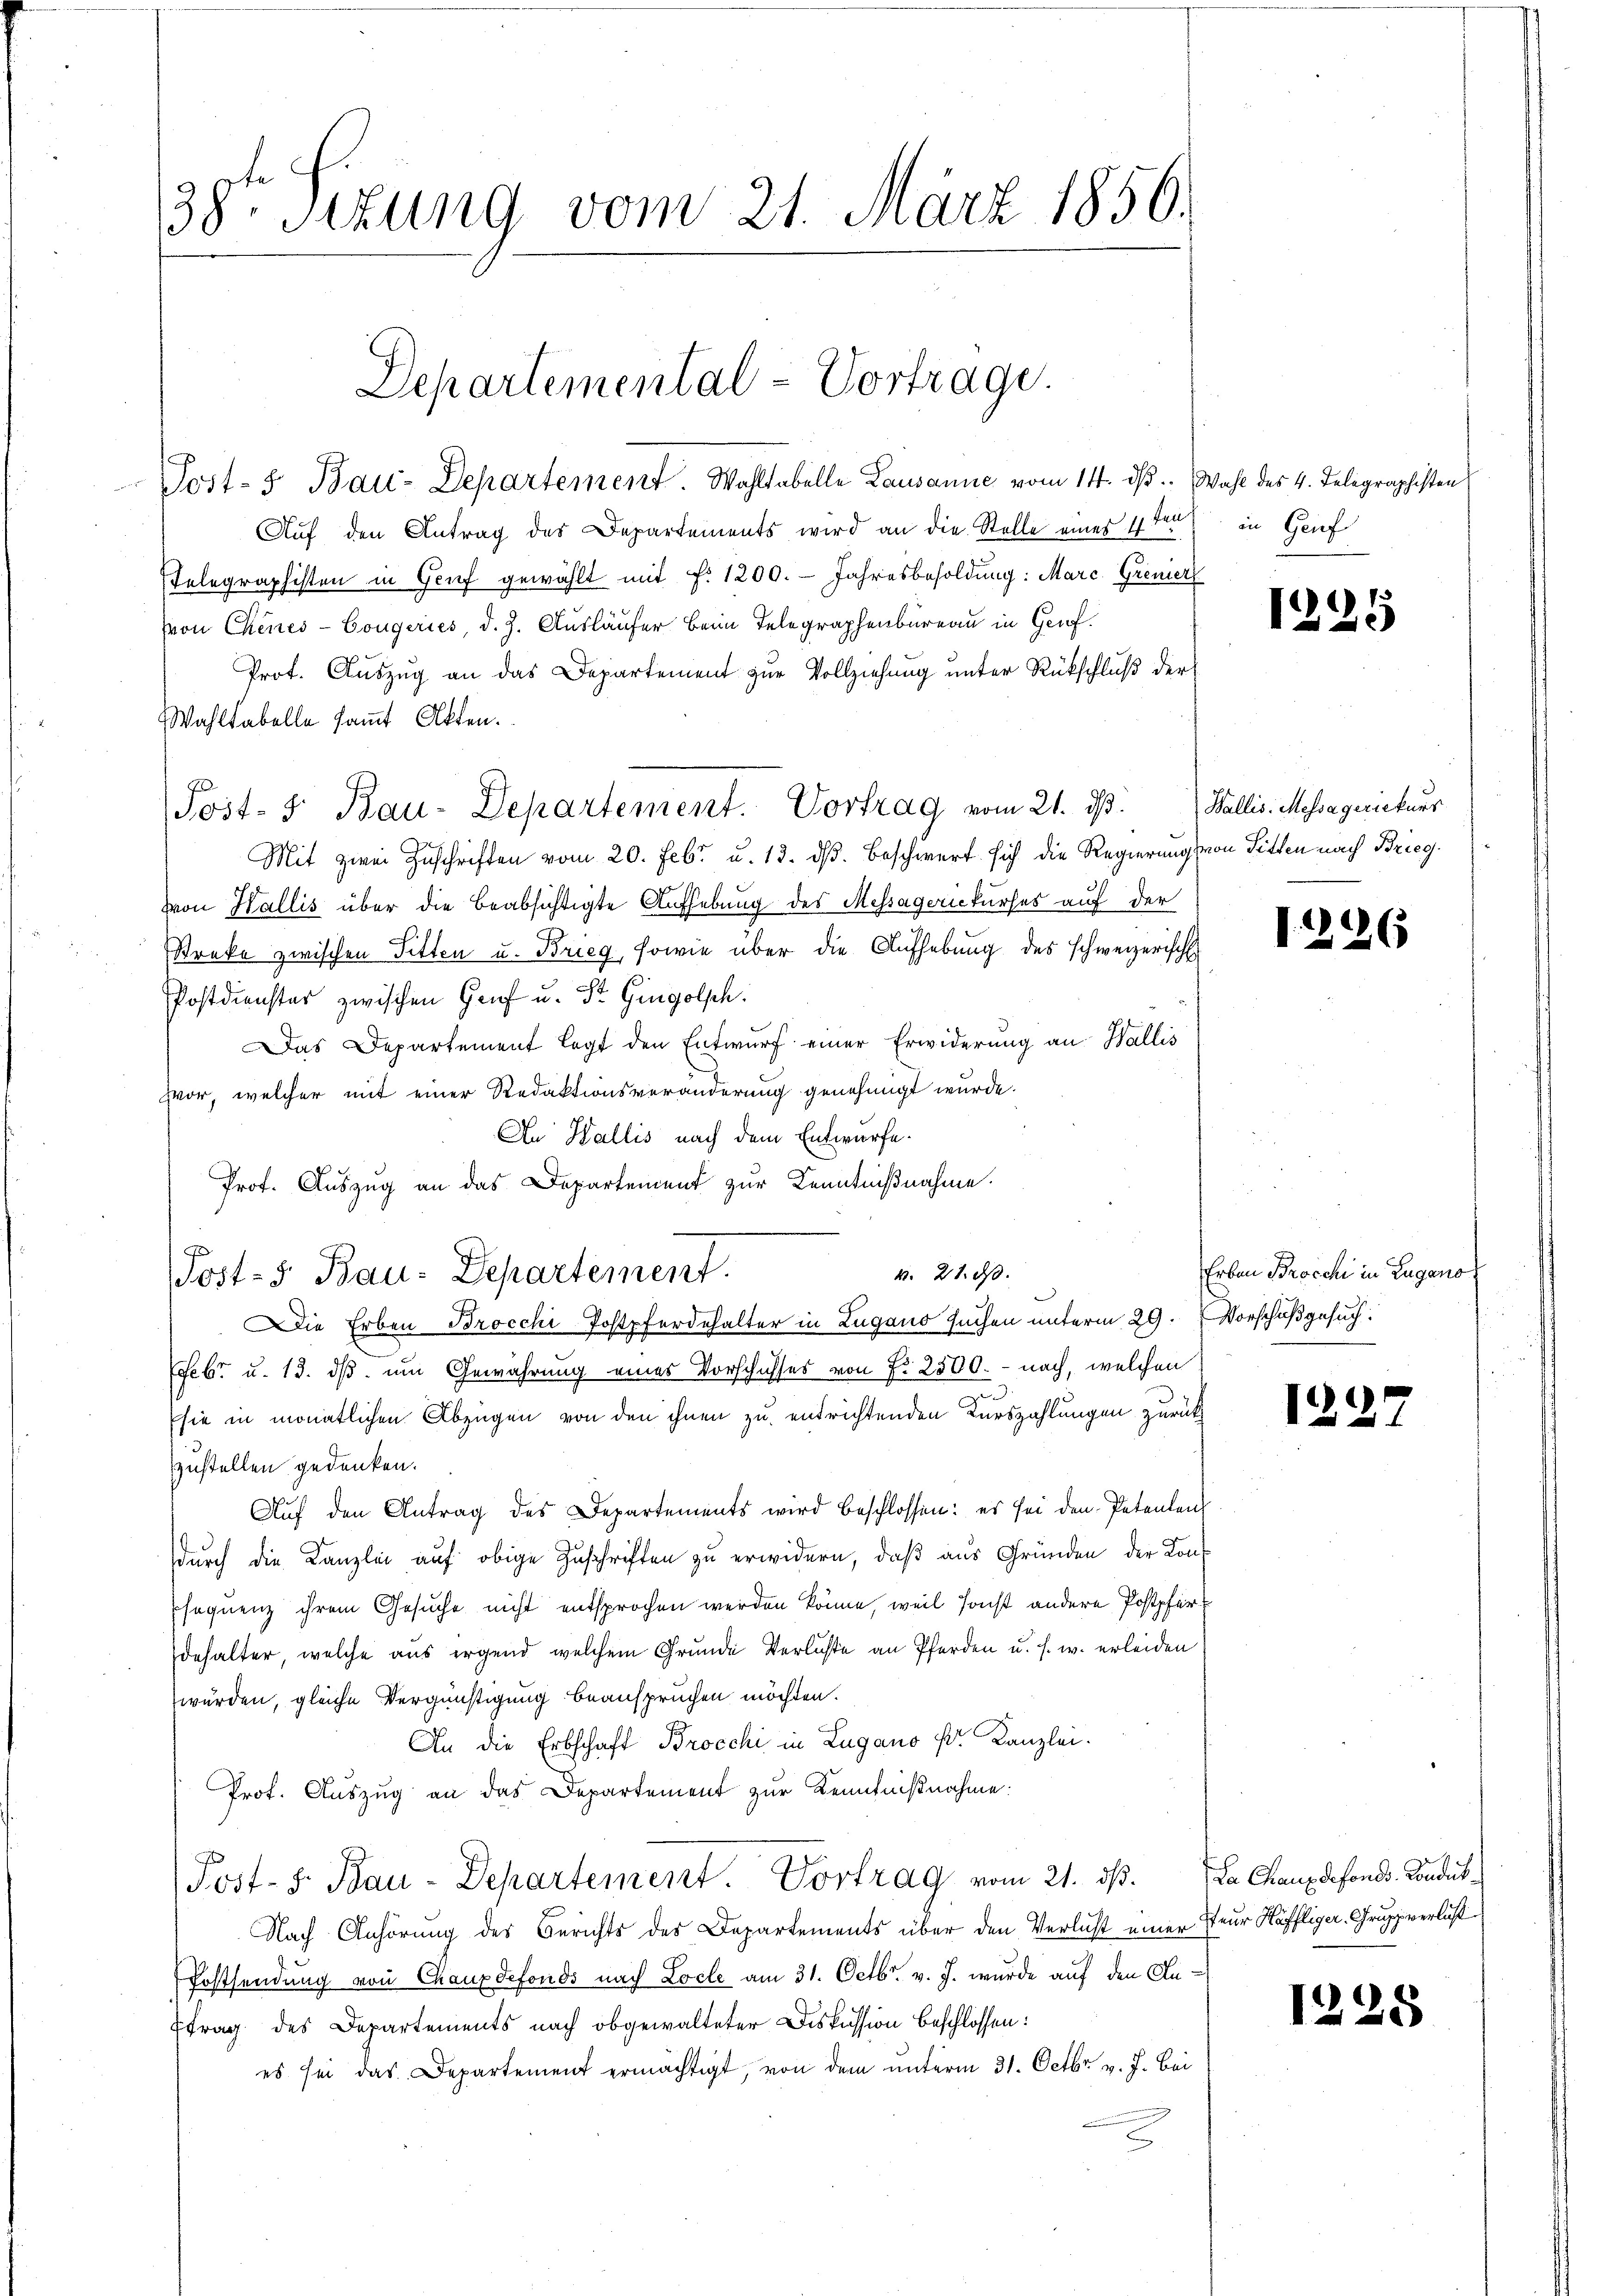
38ten Sizung vom 21. März 1856.

Post- 5. Bau-Departement. Wahltabelle Lausanne vom 14. ds. Wahl des 4. Telegraphisten
Auf den Antrag des Departements wird an die Stelle eines 11ten
Telegraphisten in Genf gewählt mit f. 1200. Jahresbesoldung: Marc Grenier
von Chines-Cougeries, d. J. Ausläufer beim Telegraphenbureau in Genf.
Prot. Auszug an das Departement zur Vollziehung unter Rückschluß der
Wahltabelle samt Akten.
Mit zwei Zuschriften vom 20. Febr. u. 13. ds. Beschwert sich die Regierung von Sitten nach Brieg.
von Wallis über die beabsichtigte Aufhebung des Messagereckurses auf der
Streke zwischen Sitten u. Brieg, sowie über die Aufhebung des schweizerisch
Postdienster zwischen Genf u. St. Gingolph
Das Departement legt den Entwurf einer Erwiderung an Wallis
vor, welcher mit einer Redaktionsveränderung genehmigt wurde.
An Wallis nach dem Entwürfe.
Prof. Auszug an das Departement zur Kenntnißnahme.
g

Departemental-Vortrage.

Post- & Bau-Departement. Vortrag vom 21. ds. Wallis. Messagereckuns

4. 27. ds.
Post- u Bau-Departement.
Die Erben Brocchi Postpferdehalter in Lugano suchen unterm 29. Vorschußgesuch.

geb. u. 13. ds. um Gewährung eines Vorschusses von Fr. 2500. - nach, welchen
sie in monatlichen Abzügen von den ihnen zu entrichtenden Kurszahlungen zurück
zustellen gedenken.
Aŭf den Antrag des Departements wird beschlossen: es sei den Petenten
durch die Kanzlei auf obige Zuschriften zu erwidern, daß aus Gründen der Kons
sequenz ihrem Gesuche nicht entsprochen werden könne, weil sonst andere Postpferdehalter, welche aus irgend welchem Grunde Verluste an Pferden u. s. w. erleiden
würden, gleiche Vergünstigung beanspruchen möchten.
An die Erbschaft Brocchi in Lugano pr. Kanzlei.
Prof. Auszug an das Departement zur Kenntnißnahme:
Post- 8. Bau-Departement. Vortrag vom 21. dβ. La Chauxdefonds. Condul¬
Nach Anhörung des Berichts des Departements über den Verlust einer Feur Häffliger Gruppe verläs
Postsendung von Chauxdefonds nach Locle am 31. Octbr. v. J. wurde auf den An¬
Ttrag des Departements nach obgewalteter Diskussion beschlossen:
es sei das Departement ermächtigt, von dem unterm 31. Octbr. v. J. Bei

in Gruf

1229

12226

Erben Brocchi in Zugano

124

1228